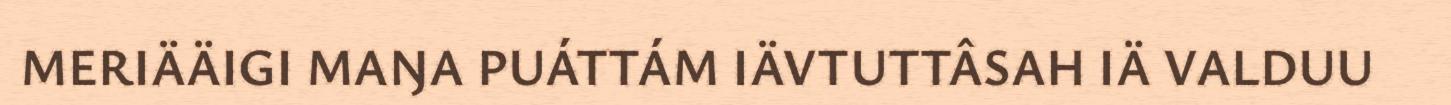
MERIÄÄIGI MAŊA PUÁTTÁM IÄVTUTTÂSAH IÄ VALDUU